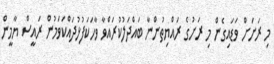
މި ރަށަށް ވަޑައިގެން މި ރަށުގެ ރައްޔިތުންނާ ބައްދަލުކުރައްވާ ވާހަކަފުޅުދައްކަވަމުން ރައީސް ޔާމީން